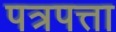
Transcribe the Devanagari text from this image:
पत्रपत्ता